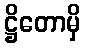
ဋ္ဌိတောမှိ